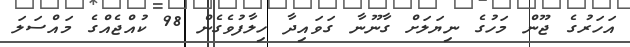
އަހަރުގެ ޖޫން މަހުގެ ނިޔަލަށް ގާނޫނާ ގަވައިދާ ހިލާފުވެގެން 98 ކުއްޖެއްގެ މައްސަލަ